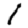
Digit: 1